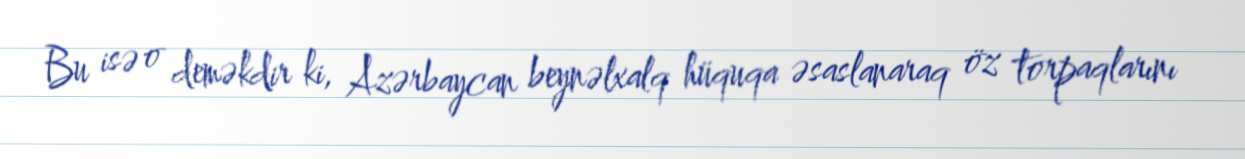
Bu isə o deməkdir ki, Azərbaycan beynəlxalq hüquqa əsaslanaraq öz torpaqlarını